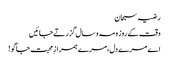
رضیہ سبحان
وقت کے روز و مہ و سال گزرتے جائیں
اے مرے دل،مرے ہمرازِ محبت جاگو !